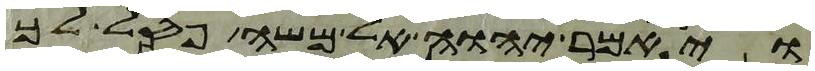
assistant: ויאמר יהוה אל משה פסל לך